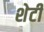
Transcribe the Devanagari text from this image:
शेटी